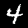
Digit: 4